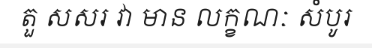
តួ សសរ វា មាន លក្ខណៈ សំបូរ